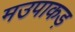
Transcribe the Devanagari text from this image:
मउपाकड़